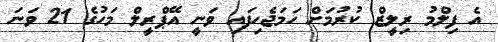
އެ ފިލްމު ރިލީޒް ކުރުމަށް ހަމަޖެހިފައި ވަނީ އޭޕްރީލް މަހުގެ 21 ވަނަ